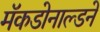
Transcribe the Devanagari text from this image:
मॅकडोनाल्डने